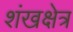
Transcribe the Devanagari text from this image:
शंखक्षेत्र